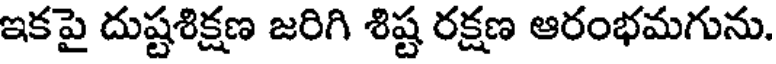
ఇకపై దుష్టశిక్షణ జరిగి శిష్ట రక్షణ ఆరంభమగును.